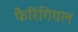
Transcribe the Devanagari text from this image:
फैरिंगियल